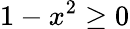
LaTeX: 1-x^{2}\ge 0